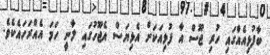
ބާފުޅިއެއްގައި ހުރި ޖޫސް އާ ފުޅިއަކަށް އެޅިޔަސް އެޖޫހުގައި ލާނީ ހަމަ އެއްރަހައެކެވެ.